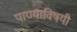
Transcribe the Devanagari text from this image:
पाण्याविषयी